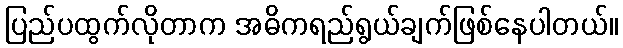
ပြည်ပထွက်လိုတာက အဓိကရည်ရွယ်ချက်ဖြစ်နေပါတယ်။